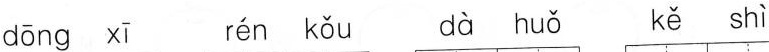
dōng xī rén kǒu dà huǒ kě shì